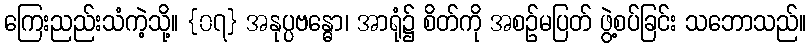
ကြေးညည်းသံကဲ့သို့။ {၀၇} အနုပ္ပဗန္ဓော၊ အာရုံ၌ စိတ်ကို အစဉ်မပြတ် ဖွဲ့စပ်ခြင်း သဘောသည်။